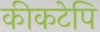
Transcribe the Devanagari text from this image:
कीकटेपि